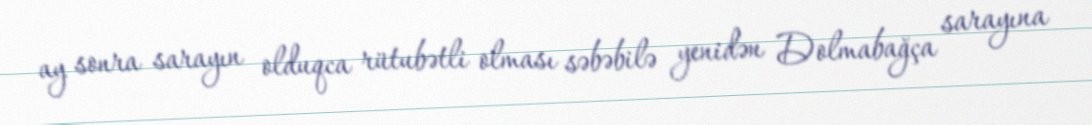
ay sonra sarayın olduqca rütubətli olması səbəbilə yenidən Dolmabağça sarayına